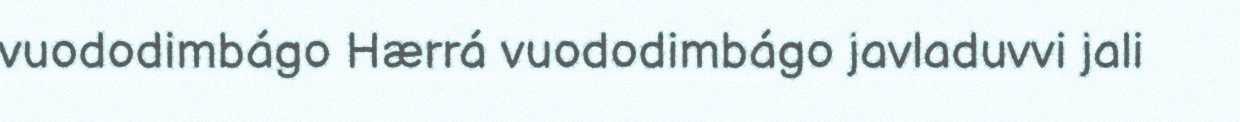
vuododimbágo Hærrá vuododimbágo javladuvvi jali